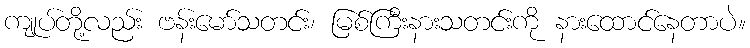
ကျုပ်တို့လည်း ဗန်းမော်သတင်း၊ မြစ်ကြီးနားသတင်းကို နားထောင်နေတာပဲ။